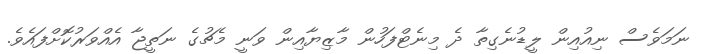
ނަމަވެސް ނިއުއިން ލީޑުނެގިތާ ދެ މިނެޓްފަހުން މާޒިޔާއިން ވަނީ މެޗުގެ ނަތީޖާ އެއްވަރުކޮށްފައެވެ.